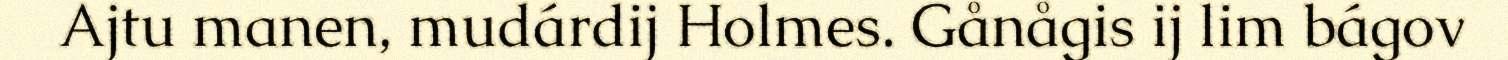
Ajtu manen, mudárdij Holmes. Gånågis ij lim bágov